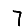
Digit: 7